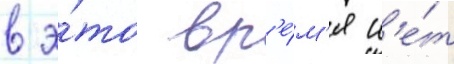
в э́то вр'е́м'я н'е́т